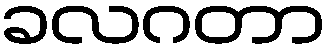
ခလဂတာ